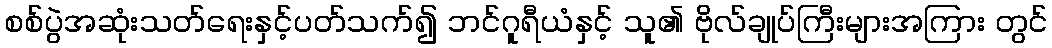
စစ်ပွဲအဆုံးသတ်ရေးနှင့်ပတ်သက်၍ ဘင်ဂူရီယံနှင့် သူ၏ ဗိုလ်ချုပ်ကြီးများအကြား တွင်